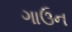
ગાઉન